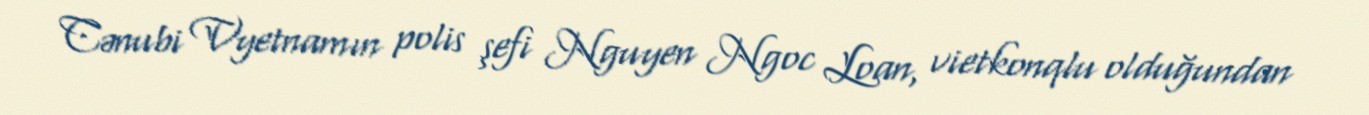
Cənubi Vyetnamın polis şefi Nguyen Ngoc Loan, vietkonqlu olduğundan